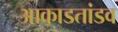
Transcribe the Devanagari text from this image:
आकाडतांडव